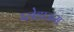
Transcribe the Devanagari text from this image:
प्लेहाऊस